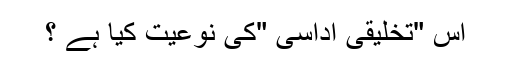
اس "تخلیقی اداسی "کی نوعیت کیا ہے ؟